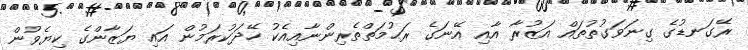
ރޭގަނޑުގެ ގިނަވަގުތުތައް އަޒުރާ އާއި އޭނަގެ ރަޙުމަތްތެރިންނާއިއެކު ހޭދަކުރަމުން އައި ޔަޒާންގެ ކިޔެވުން